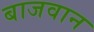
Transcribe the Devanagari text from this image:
बाजवान